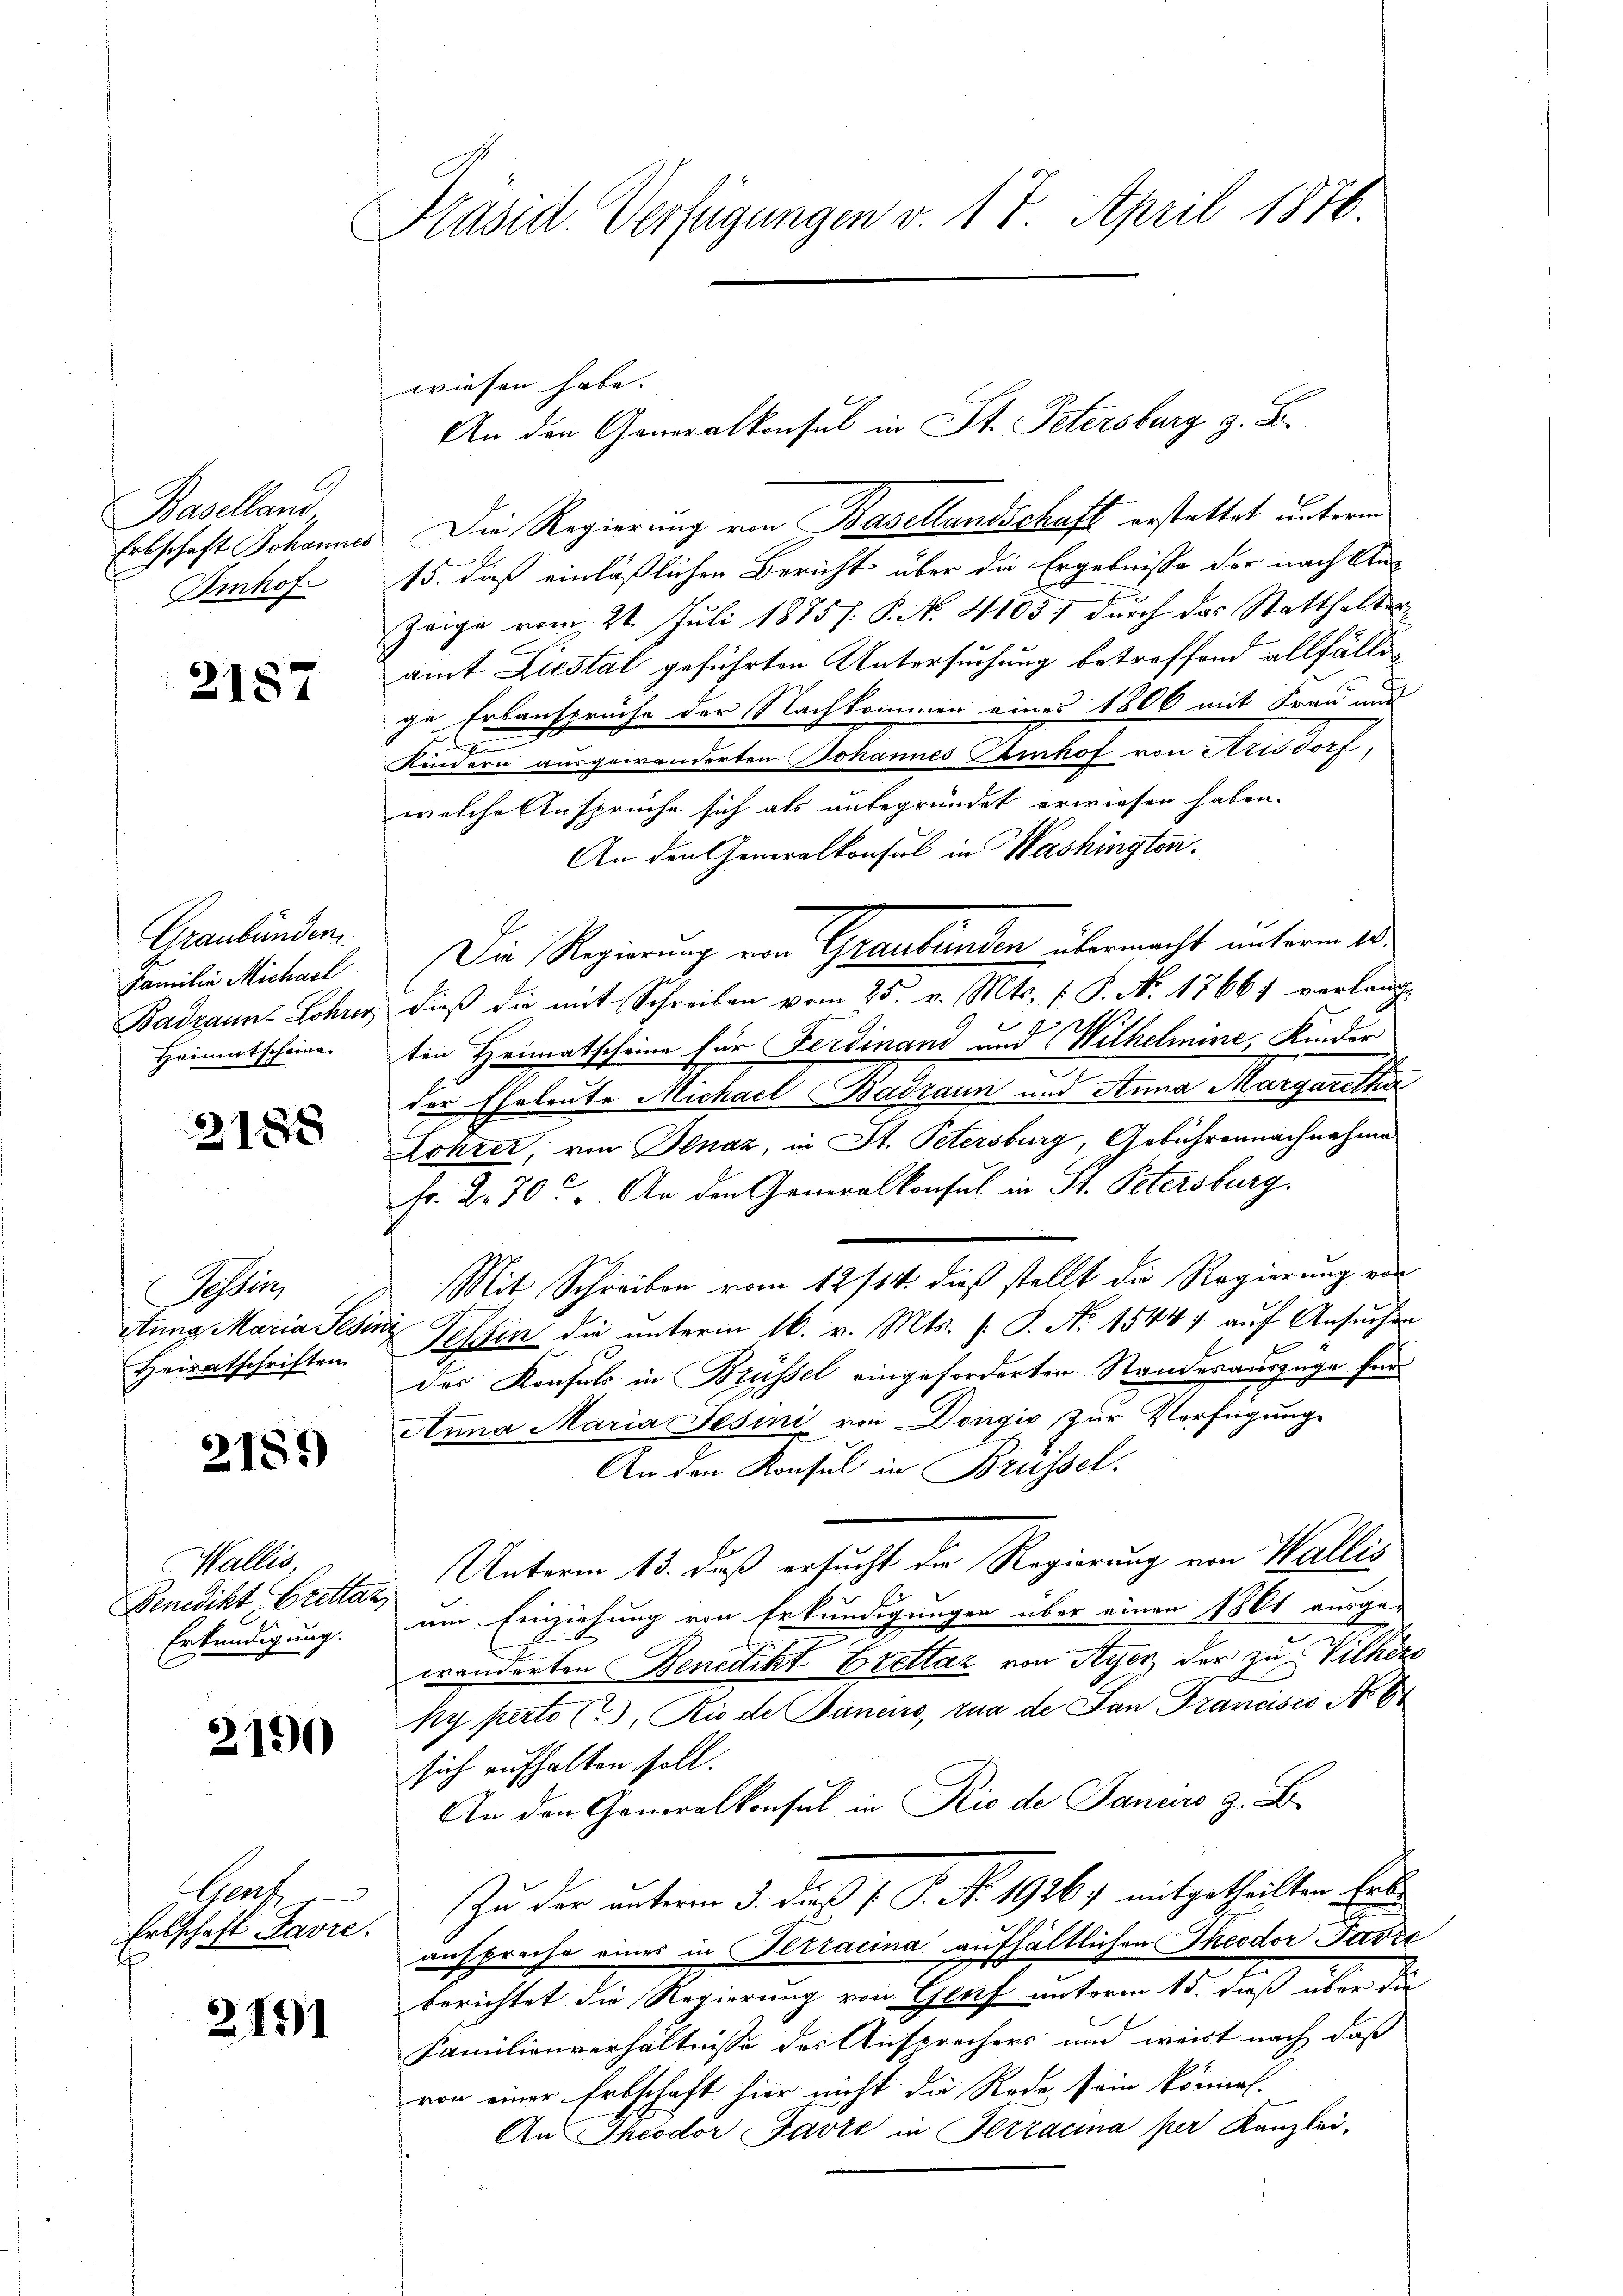
Baselland
Erbschaft Johanner
Umhof

2187

Graubünden.
Familie Michael
Heimatscheine.

2185

Tessin,
Heiratschriften.

2189

Wallis
Benedikt Brettaz,
Erkundigung.

2190

Gent
Erbschaft Havre.

2191

Präsid. Verfügungen v. 17. April 1876.

wiesen habe. |
". Die Regierung von Basellandschaft erstattet unterm
15. daß einläßlichen Bericht über die Ergebnisse der nach An¬
Zeige vom 21. Juli 1875 f. P. N. 4105) durch das Statthalter
amt Liestal geführten Untersuchung betreffend allfällige Erbansprüche der Nachkommen eines 1806 mit Frau und
F
Kindern ausgewanderten Johannes Einhof von Krisdorf,
welche Anspruche sich als unbegründet erwiesen haben.
An den Generalkonsul in Washingten.
Die Regierung von Graubünden übermacht unterm 15.
Badzaun-Lohrer dieβ die mit Schreiben vom 25. v. Mts. f. P. Nr. 17661 verlangt
ten Heimatscheine für Ferdinand und Wilhelmine Kinder
2
der Eheleute Michael Badzaun und Anna Margaretha
Lohrer, von Benaz, in St. Petersburg, Gebührennachnahme
Fr. 2. 70. An den Generalkonsul in St. Petersburg.
Mit Schreiben vom 12/14. dieß stellt die Regierung von
Atung Maria Pein Tessin die unterm 16. v. Mts. f. P. Nr. 15447 auf Ansuchen
f
des Konsuls in Brüssel eingeforderten Standesauszuge für
Anna Maria Jesini von Dongić zur Verfügung
An den Konsul in Brüssel.
Unterm 13. daß ersucht die Regierung von Wallis
e
um Einziehung von Erkundigungen über einen 1861 ausge-
E
wänderten Benedikt Brettaz von Ayer, der zu Vithers
ky perto (?), Rio de Sanens, rua de San Francisco No 6
sich aufhalten soll.
An den Generalkonsul in Rio de Januro z. B.
Zu der unterm 3. Der J. P. Nr. 1926) mitgetheilten Heraufproche eines in Iliacina aufhältlichen Theodor Parze
berichtet die Regierung von Genf unterm 15. dieß über die
Familienverhältnisse des Ansprechers und weit nach daß
von einer Erbschaft hier nicht die Rode, sein können.
An Theodor Garte in Terracina per Kanzlei,

An den Generalkonsul in St. Petersburg z. B.